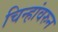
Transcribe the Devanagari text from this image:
चिन्हांवरुन